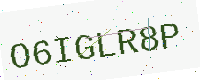
Text: O6IGLR8P